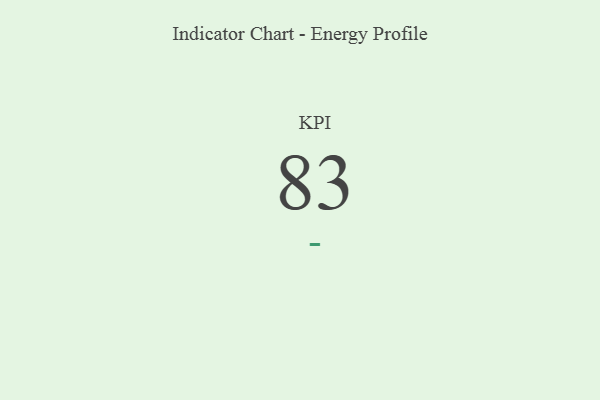
{"axis": {"x": "KPI", "y": "Value"}, "legend": [""], "data": [{"x": "KPI", "y": 83, "type": ""}]}